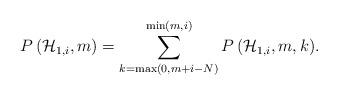
LaTeX: \begin{align*}P\left( { \mathcal{H} }_{ 1,i},m \right) =\sum _{ k=\max\left( 0, m+i -N \right) }^{ \min\left( m, i \right) }{ P\left( { \mathcal{H} }_{ 1,i }, m, k \right) }.\end{align*}